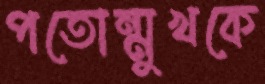
পতোন্মুখকে